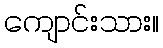
ကျောင်းသား။